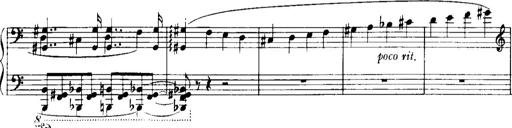
Title: Historische ungarische Bildnisse
Composer: Franz Liszt